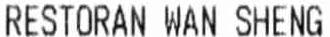
RESTORAN WAN SHENG